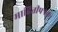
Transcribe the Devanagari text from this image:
माहितीपत्रक